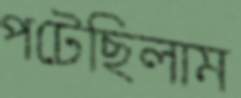
পটেছিলাম